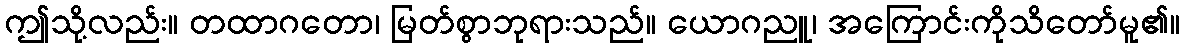
ဤသို့လည်း။ တထာဂတော၊ မြတ်စွာဘုရားသည်။ ယောဂညူ၊ အကြောင်းကိုသိတော်မူ၏။